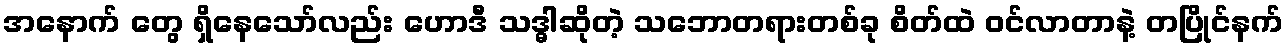
အနောက် တွေ ရှိနေသော်လည်း ဟောဒီ သဒ္ဓါဆိုတဲ့ သဘောတရားတစ်ခု စိတ်ထဲ ဝင်လာတာနဲ့ တပြိုင်နက်